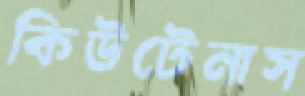
কিউটেনাস